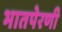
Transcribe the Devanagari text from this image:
भातपेरणी